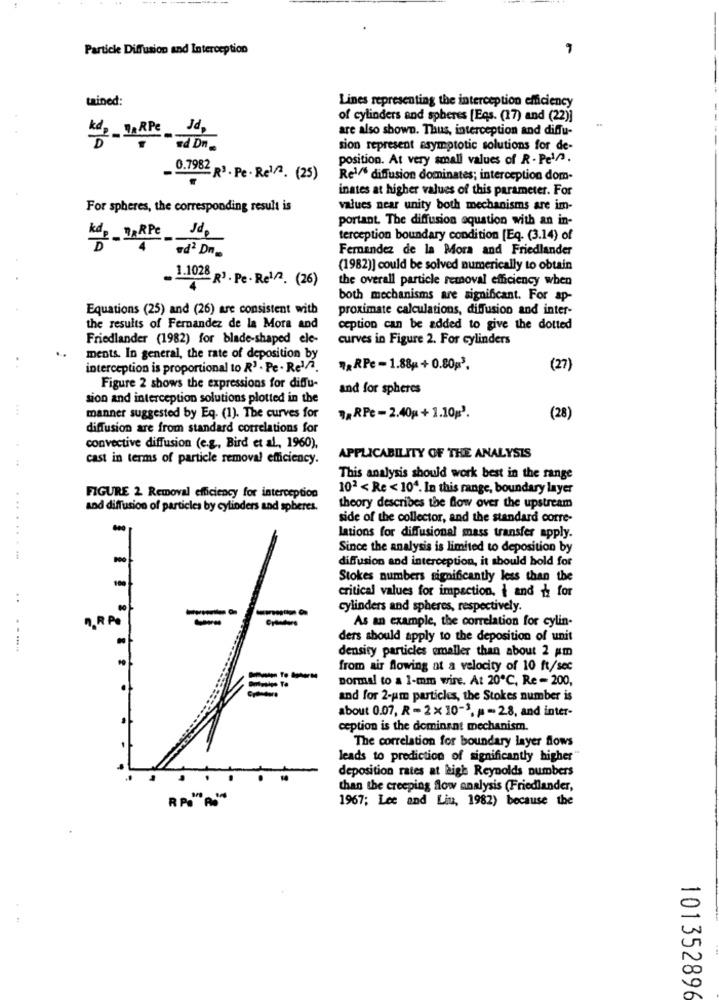
Particle Diffusion and Interception
-
tained:
Lines representing the interception efficiency
of cylinders and spheres [Eqs. (17) and (22)]
kd, DaRPe Jd,
are also shown. Thus, interception and diffu-
ad Dn.
sion represent asymptotic solutions for de-
position. At very small values of R . Pel/3.
0.7982 R3 . Pe . Rel2. (25)
Re1/* diffusion dominates; interception dom-
inates at higher values of this parameter. For
For spheres, the corresponding result is
values near unity both mechanisms are im-
portant. The diffusion equation with an in-
terception boundary condition [Eq. (3.14) of
Fernandez de la Mora and Friedlander
Kde - WHAT - Pd DR.
(1982)] could be solved numerically to obtain
1.1028 R3. Pe · Rel2. (26)
the overall particle removal efficiency when
both mechanisms are significant. For ap-
Equations (25) and (26) are consistent with
proximate calculations, diffusion and inter-
the results of Fernandez de la Mora and
ception can be added to give the dotted
Friedlander (1982) for blade-shaped ele-
curves in Figure 2. For cylinders
ments. In general, the rate of deposition by
interception is proportional to R' · Pe · Reli.
.RPe-1.884 +0.80p3.
(27)
Figure 2 shows the expressions for diffu-
and for spheres
sion and interception solutions plotted in the
manner suggested by Eq. (1). The curves for
RPe -2.40g + 1.10g'.
(28)
diffusion are from standard correlations for
convective diffusion (e.g, Bird et al ., 1960),
cast in terms of particle removal efficiency.
APPLICABILITY OF THE ANALYSIS
This analysis should work best in the range
102 < Re < 104. In this range, boundary layer
FIGURE 2 Removal efficiency for interception
...
and diffusion of particles by cylinders and spheres.
theory describes the flow over the upstream
side of the collector, and the standard corre-
lations for diffusional mass transfer apply.
Since the analysis is limited to deposition by
diffusion and interception, it should hold for
Stokes numbers significantly less than the
critical values for impaction, i and & for
..
cylinders and spheres, respectively
n.R Pe
As an example, the correlation for cylin-
ders should apply to the deposition of unit
density particles emaller than about 2 am
from air flowing at a velocity of 10 ft/sec
normal to a 1-mm wire. At 20℃, Re - 200,
and for 2-um particles, the Stokes number is
about 0.07, R - 2 × 10-3. - 28, and inter-
ception is the dominant mechanism.
The correlation for boundary layer flows
leads to prediction of significantly higher"
deposition rates at high Reynolds numbers
than the creeping flow analysis (Friedlander,
1967; Lee and Liu, 1982) because the
101352896